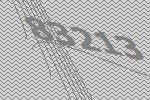
83213